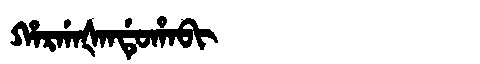
Manchu: ᡥᠠᡵᡤᠠᡧᠠᠨᡩᡠᡥᠠᠪᡳ
Romanization: HARGAŠANDUHABI